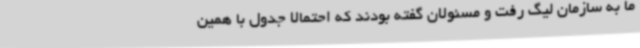
ما به سازمان لیگ رفت و مسئولان گفته بودند که احتمالا جدول با همین